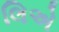
લિએ